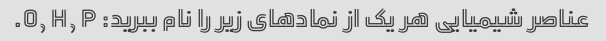
عناصر شیمیایی هر یک از نمادهای زیر را نام ببرید: O, H, P.